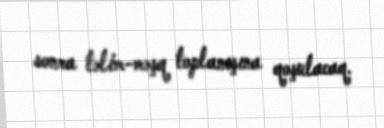
sonra təlim-məşq toplanışına qoşulacaq.